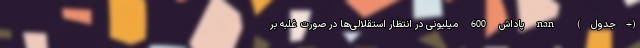
(+جدول) nan پاداش 600 میلیونی در انتظار استقلالی‌ها در صورت غلبه بر